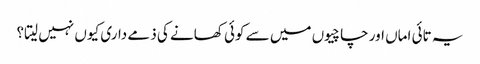
یہ تائی اماں اور چاچیوں میں سے کوئی کھانے کی ذمے داری کیوں نہیں لیتا؟